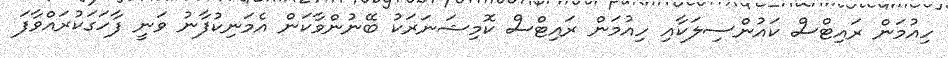
ހިއުމަން ރައިޓްސް ކައުންސިލަކާއި ހިއުމަން ރައިޓްސް ކޮމިޝަނަރަކު ބޭނުންވާކަން އެމަނިކުފާނު ވަނީ ފާހަގަކުރައްވާފަ